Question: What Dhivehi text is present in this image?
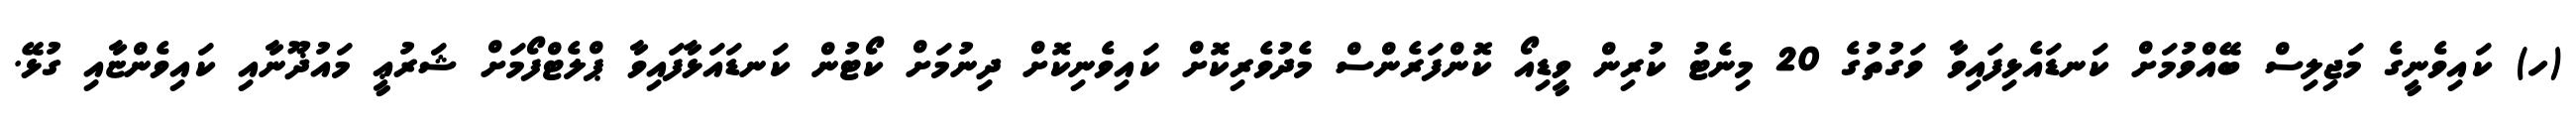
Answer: (ހ) ކައިވެނީގެ މަޖިލިސް ބޭއްވުމަށް ކަނޑައެޅިފައިވާ ވަގުތުގެ 20 މިނެޓު ކުރިން ވީޑިއޯ ކޮންފަރެންސް މެދުވެރިކޮށް ކައިވެނިކޮށް ދިނުމަށް ކޯޓުން ކަނޑައަޅާފައިވާ ޕްލެޓްފޯމަށް ޝަރުޢީ މައުޛޫނާއި ކައިވެންޏާއި ގުޅޭ.